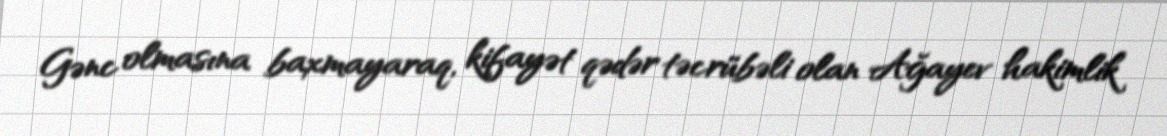
Gənc olmasına baxmayaraq, kifayət qədər təcrübəli olan Ağayev hakimlik